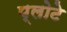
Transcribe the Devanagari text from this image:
प्लोटे